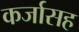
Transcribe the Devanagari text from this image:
कर्जासह